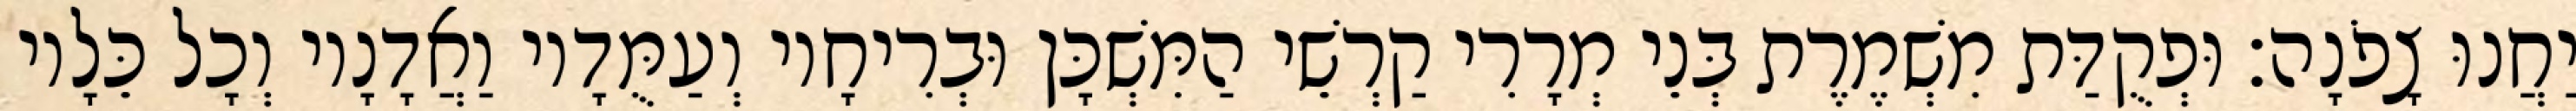
יַחֲנוּ צָפֹנָה׃ וּפְקֻדַּת מִשְׁמֶרֶת בְּנֵי מְרָרִי קַרְשֵׁי הַמִּשְׁכָּן וּבְרִיחָיו וְעַמֻּדָיו וַאֲדָנָיו וְכָל כֵּלָיו